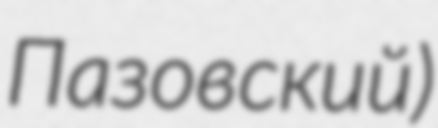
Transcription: Пазовский)